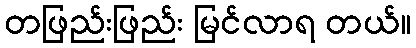
တဖြည်းဖြည်း မြင်လာရ တယ်။